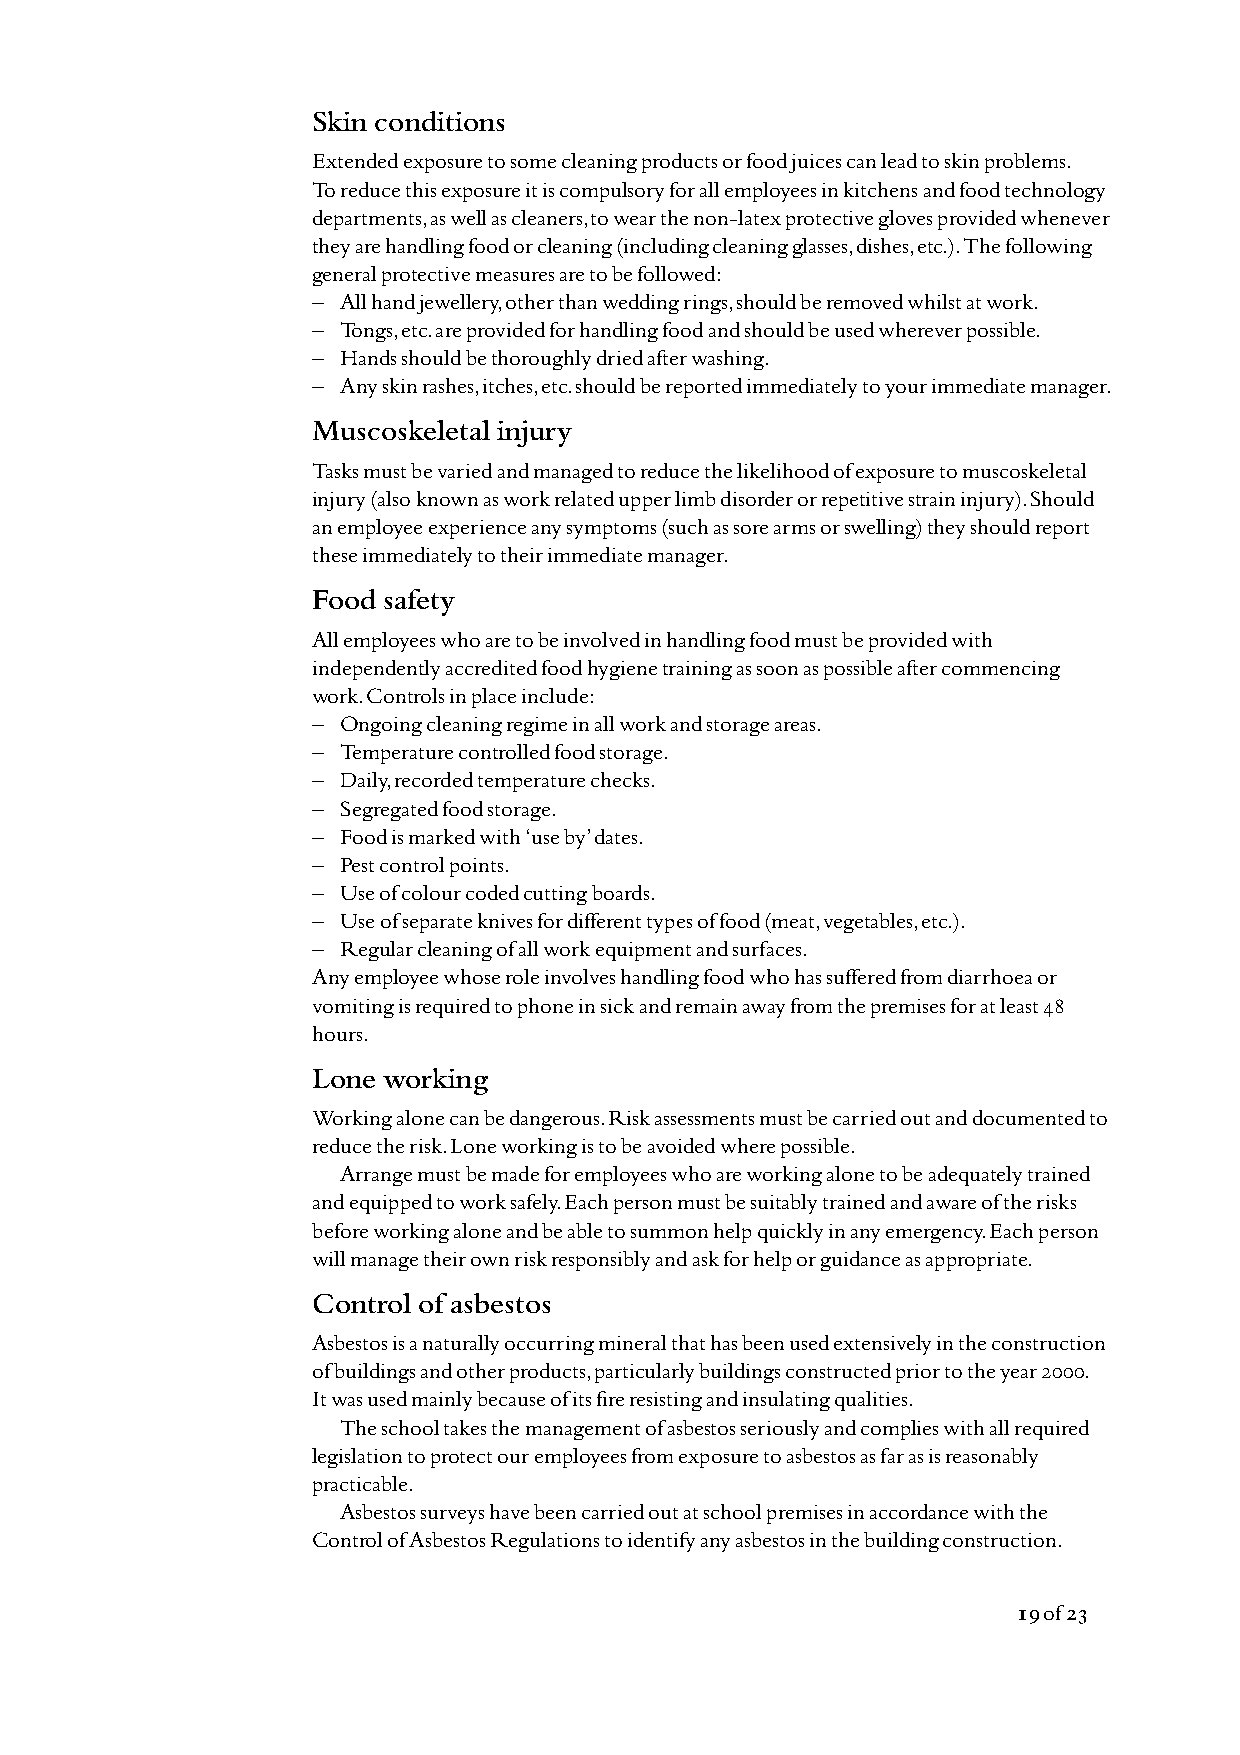
Skin conditions
 Extended exposure to some cleaning products or food juices can lead to skin problems.
 To reduce this exposure it is compulsory for all employees in kitchens and food technology
 departments, as well as cleaners, to wear the non-latex protective gloves provided whenever
 they are handling food or cleaning (including cleaning glasses, dishes, etc.). The following
 general protective measures are to be followed:
 – All hand jewellery, other than wedding rings, should be removed whilst at work.
 – Tongs, etc. are provided for handling food and should be used wherever possible.
 – Hands should be thoroughly dried after washing.
 – Any skin rashes, itches, etc. should be reported immediately to your immediate manager.
 Muscoskeletal injury
 Tasks must be varied and managed to reduce the likelihood of exposure to muscoskeletal
 injury (also known as work related upper limb disorder or repetitive strain injury). Should
 an employee experience any symptoms (such as sore arms or swelling) they should report
 these immediately to their immediate manager.
 Food safety
 All employees who are to be involved in handling food must be provided with
 independently accredited food hygiene training as soon as possible after commencing
 work. Controls in place include:
 – Ongoing cleaning regime in all work and storage areas.
 – Temperature controlled food storage.
 – Daily, recorded temperature checks.
 – Segregated food storage.
 – Food is marked with ‘use by’ dates.
 – Pest control points.
 – Use of colour coded cutting boards.
 – Use of separate knives for different types of food (meat, vegetables, etc.).
 – Regular cleaning of all work equipment and surfaces.
 Any employee whose role involves handling food who has suffered from diarrhoea or
 vomiting is required to phone in sick and remain away from the premises for at least 48
 hours.
 Lone working
 Working alone can be dangerous. Risk assessments must be carried out and documented to
 reduce the risk. Lone working is to be avoided where possible.
 Arrange must be made for employees who are working alone to be adequately trained
 and equipped to work safely. Each person must be suitably trained and aware of the risks
 before working alone and be able to summon help quickly in any emergency. Each person
 will manage their own risk responsibly and ask for help or guidance as appropriate.
 Control of asbestos
 Asbestos is a naturally occurring mineral that has been used extensively in the construction
 of buildings and other products, particularly buildings constructed prior to the year 2000.
 It was used mainly because of its fire resisting and insulating qualities.
 The school takes the management of asbestos seriously and complies with all required
 legislation to protect our employees from exposure to asbestos as far as is reasonably
 practicable.
 Asbestos surveys have been carried out at school premises in accordance with the
 Control of Asbestos Regulations to identify any asbestos in the building construction.
 19of 23